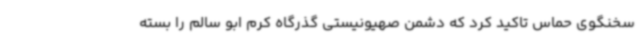
سخنگوی حماس تاکید کرد که دشمن صهیونیستی گذرگاه کرم ابو سالم را بسته